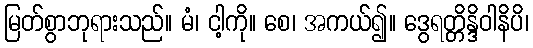
မြတ်စွာဘုရားသည်။ မံ၊ ငါ့ကို။ စေ၊ အကယ်၍။ ဒွေရတ္တိန္ဒိဝါနိပိ၊